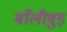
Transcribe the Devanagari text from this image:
बाँलीवुड़